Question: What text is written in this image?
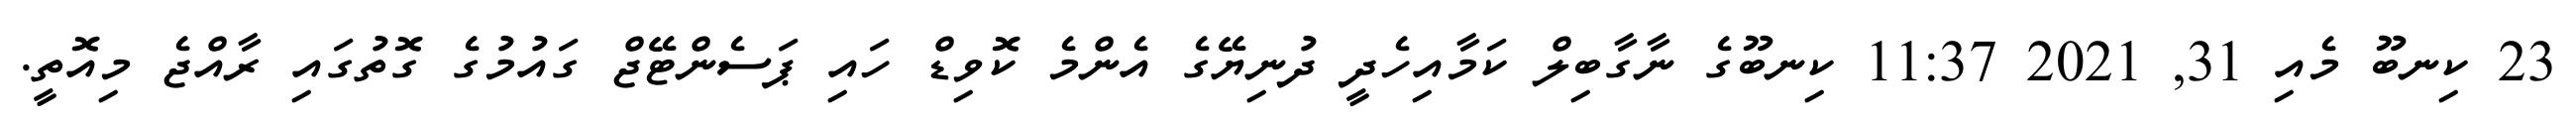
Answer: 23 ކިނބޫ މެއި 31, 2021 11:37 ކިނބޫގެ ނާގާބިލް ކަމާއިހެދީ ދުނިޔޭގެ އެންމެ ކޮވިޑް ހައި ޕަސެންޓޭޖް ގައުމުގެ ގޮތުގައި ރާއްޖެ މިއޮތީ.